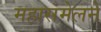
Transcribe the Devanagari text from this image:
महासंमेलने